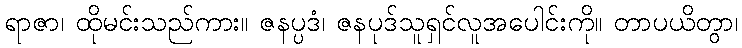
ရာဇာ၊ ထိုမင်းသည်ကား။ ဇနပ္ပဒံ၊ ဇနပုဒ်သူရှင်လူအပေါင်းကို။ တာပယိတွာ၊